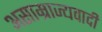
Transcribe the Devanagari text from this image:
असाम्राज्यवादी